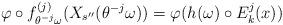
LaTeX: \begin{align*}\varphi \circ f_{\theta ^{-j}\omega} ^{(j)} (X_{s^{\prime \prime}}(\theta ^{-j}\omega)) =\varphi (h(\omega) \circ E_k^j (x))\end{align*}